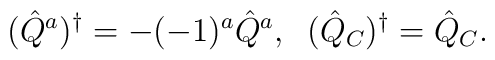
(\hat{Q}^a)^{\dagger}=-(-1)^a\hat{Q}^a,\;\;(\hat{Q}_C)^{\dagger}= \hat{Q}_C.